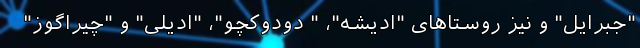
"جبرایل" و نیز روستاهای "ادیشه"، " دودوکچو"، "ادیلی" و "چیراگوز"